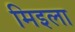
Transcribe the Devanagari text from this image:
मिइला